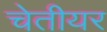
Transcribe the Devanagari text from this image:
चेतीयर